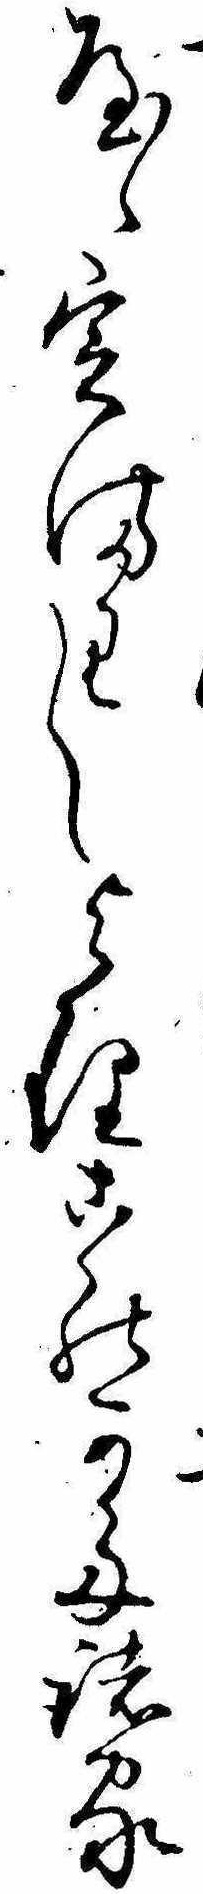
やゝ定まりしよりこのかた諸家